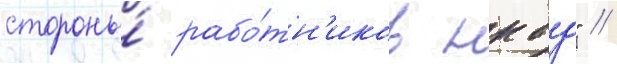
стороны́ рабо́тн'иков нквд" //